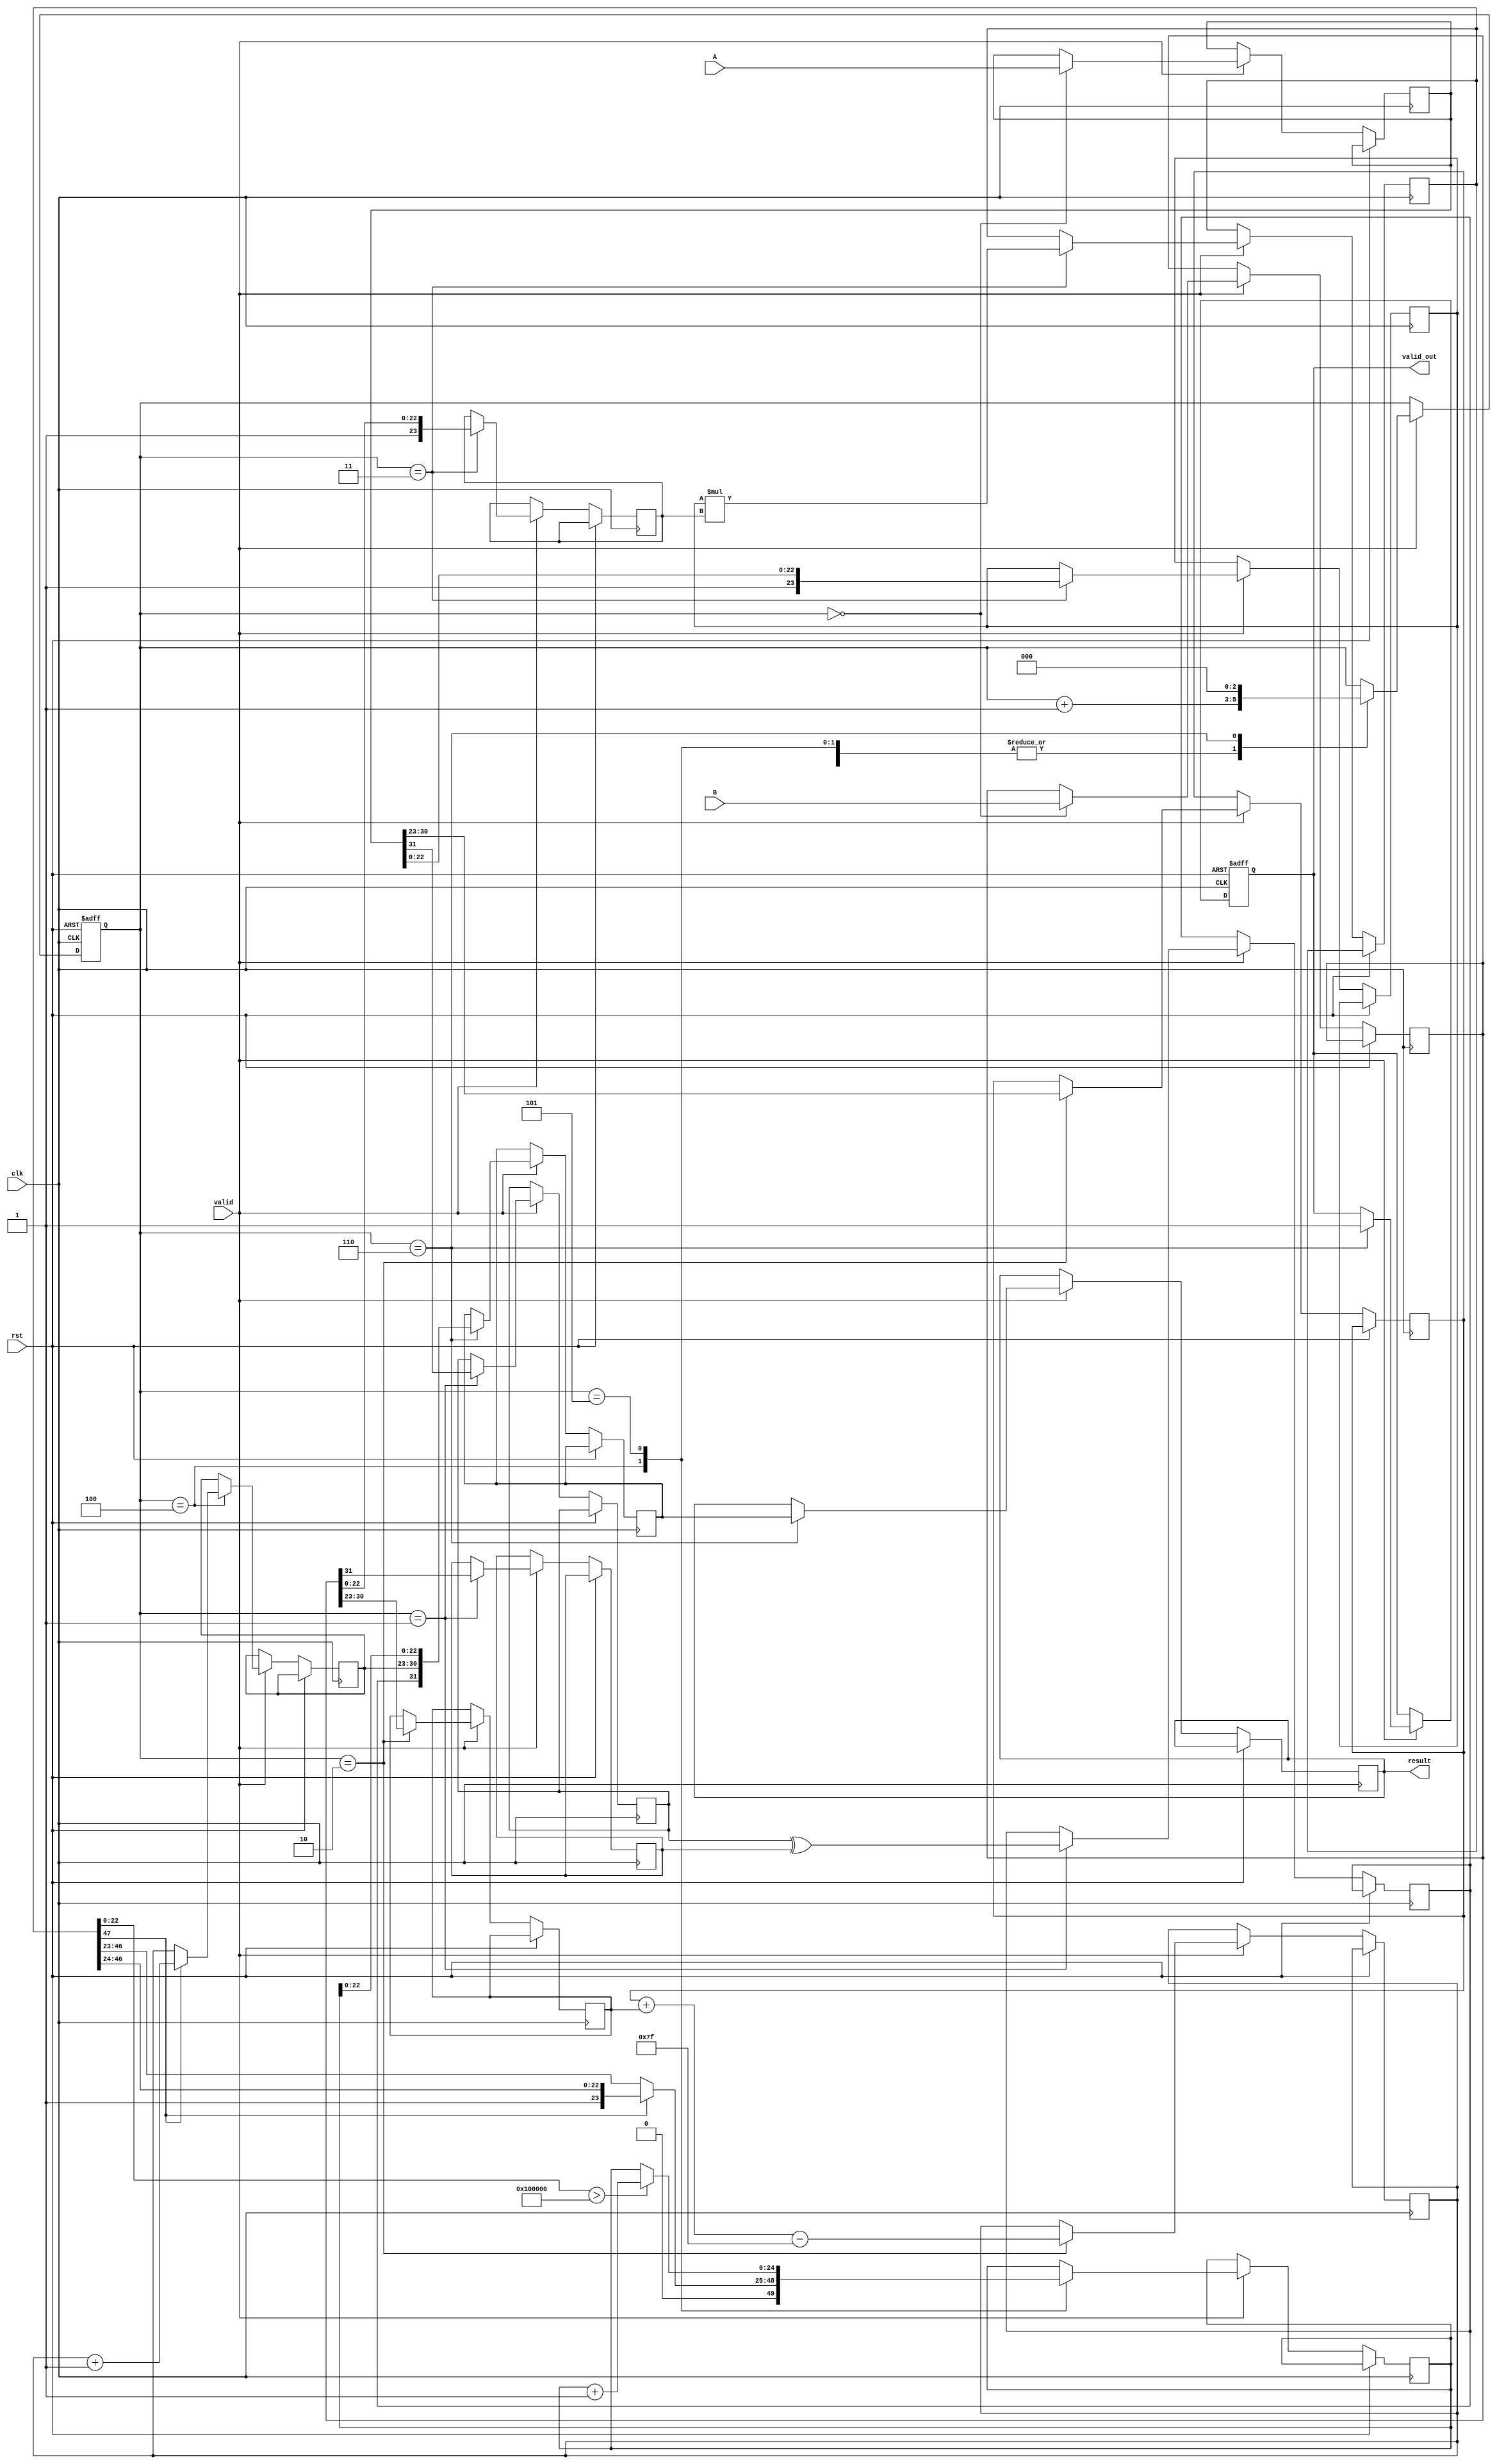
module pipelined_floating_point_multiplier (
    input clk,
    input rst,
    input valid,
    input [31:0] A,
    input [31:0] B,
    output reg [31:0] result,
    output reg valid_out
);

// Pipeline registers
reg [31:0] A_reg, B_reg; // Stage 0
reg sign_a, sign_b;      // Stage 1
reg [7:0] exp_a, exp_b, exp_out; // Stage 2
reg [23:0] mant_a, mant_b; // Stage 3
reg [47:0] mant_product; // Stage 3 output
reg [24:0] mant_out;     // Stage 4 output
reg [7:0] exp_adjusted;  // Stage 4 (after normalization)
reg final_sign;          // Final sign
reg [31:0] final_result; // Final assemblage

// Control signals
reg [2:0] stage; // 3-bit counter to track stages

// Constants
parameter BIAS = 8'd127;

// Pipeline control logic
always @(posedge clk or posedge rst) begin
    if (rst) begin
        stage <= 3'b0;
        valid_out <= 1'b0;
    end else begin
        if (valid) begin
            case (stage)
                3'b000: begin // Stage 0 (Input stage)
                    A_reg <= A;
                    B_reg <= B;
                    stage <= stage + 1;
                end
                3'b001: begin // Stage 1 (Sign extraction)
                    sign_a <= A_reg[31];
                    sign_b <= B_reg[31];
                    final_sign <= sign_a ^ sign_b; // XOR for result sign
                    stage <= stage + 1;
                end
                3'b010: begin // Stage 2 (Exponent extraction)
                    exp_a <= A_reg[30:23];
                    exp_b <= B_reg[30:23];
                    exp_out <= exp_a + exp_b - BIAS;
                    stage <= stage + 1;
                end
                3'b011: begin // Stage 3 (Mantissa extraction)
                    mant_a <= {1'b1, A_reg[22:0]}; // Implicit leading 1
                    mant_b <= {1'b1, B_reg[22:0]}; // Implicit leading 1
                    mant_product <= mant_a * mant_b; // High-precision multiplication
                    stage <= stage + 1;
                end
                3'b100: begin // Stage 4 (Normalization)
                    if (mant_product[47] == 1) begin
                        mant_out <= mant_product[47:24]; // 24-bit mantissa
                        exp_adjusted <= exp_out + 1; // Adjust exponent
                    end else begin
                        mant_out <= mant_product[46:23]; // Shift right
                        exp_adjusted <= exp_out;
                    end
                    stage <= stage + 1;
                end
                3'b101: begin // Stage 5 (Rounding)
                    // Implement rounding here (simple round to nearest)
                    if (mant_product[22:0] > 23'd1048576) begin
                        mant_out <= mant_out + 1; // Round up
                    end
                    stage <= stage + 1;
                end
                3'b110: begin // Stage 6 (Assembling result)
                    final_result <= {final_sign, exp_adjusted, mant_out[22:0]};
                    result <= final_result;
                    valid_out <= 1'b1; // Signal that output is valid
                    stage <= 3'b0; // Reset stage after processing
                end
            endcase
        end
    end
end

endmodule